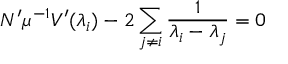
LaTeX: N ^ { \prime } \mu ^ { - 1 } V ^ { \prime } ( \lambda _ { i } ) - 2 \sum _ { j \neq i } \frac 1 { \lambda _ { i } - \lambda _ { j } } = 0